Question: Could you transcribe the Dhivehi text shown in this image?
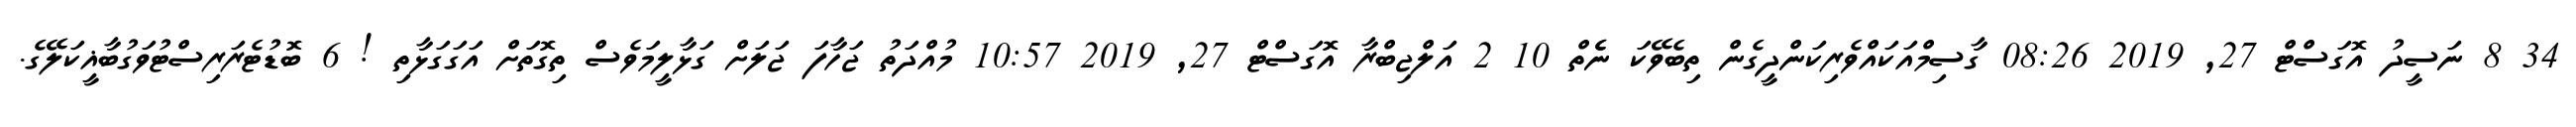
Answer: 34 8 ނަސީދު އޮގަސްޓް 27, 2019 08:26 ގާސިމްއަކައްވެރިކަންދީގެން ތިބެވޭކަ ނެެތް 10 2 އަލްޖިބްރާ އޮގަސްޓް 27, 2019 10:57 މުއްދަތު ޖަހާފަ ޖަލަށް ގަޅާލީމަވެސް ތިގޮތަށް އަގަގަޅާތި ! 6 ބޮޑުޓެރަރިސްޓުވަގުބާޣީކަލޭގެ.